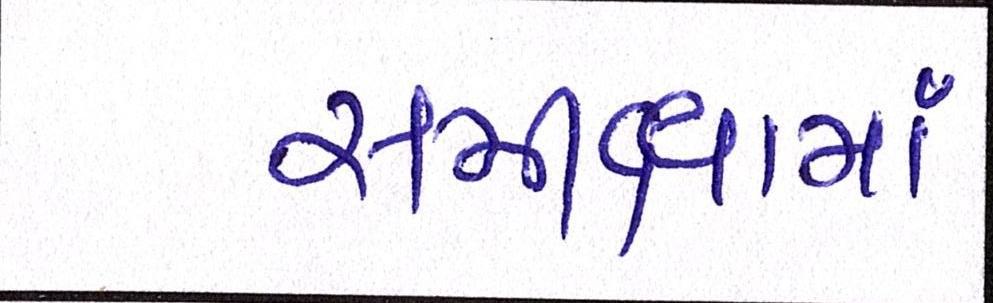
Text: સમીક્ષામાં